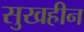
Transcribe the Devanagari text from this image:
सुखहीन